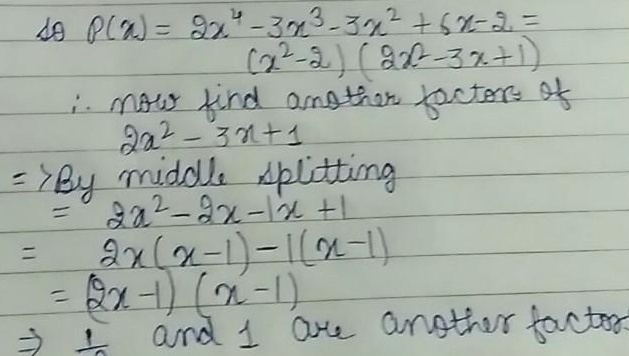
so \(P(x)=2x^{4}-3x^{3}-3x^{2}+6x - 2=(x^{2}-2)(2x^{2}-3x + 1)\)。
now find another factors of \(2x^{2}-3x + 1\)
\(\Rightarrow\) By middle splitting
\(2x^{2}-3x + 1=2x^{2}-2x - 1x + 1\)
\(=2x(x - 1)-1(x - 1)\)
\(=(2x - 1)(x - 1)\)
\(\Rightarrow\frac{1}{2}\) and \(1\) are roots of \(2x^{2}-3x + 1\) （这里原内容说“factors”表述有误，应该是“roots”，按照纠正后内容处理，如果必须按原错误表述则是\(\Rightarrow\frac{1}{2}\) and \(1\) are another factors ）